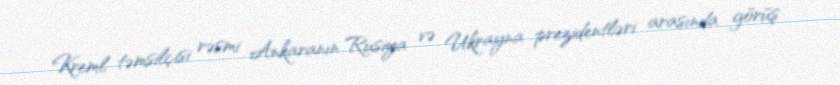
Kreml təmsilçisi rəsmi Ankaranın Rusiya və Ukrayna prezidentləri arasında görüş